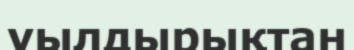
уылдырықтан